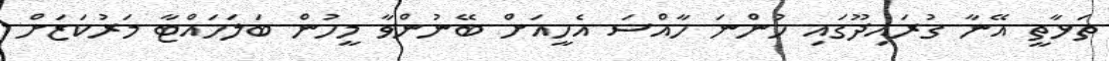
ތަޅާތީ އޭނާ ގުރައިދޫގައި ހުންނަ ހާއްސަ އެހީއަށް ބޭނުންވާ މީހުން ބަލަހައްޓާ މަރުކަޒަށް